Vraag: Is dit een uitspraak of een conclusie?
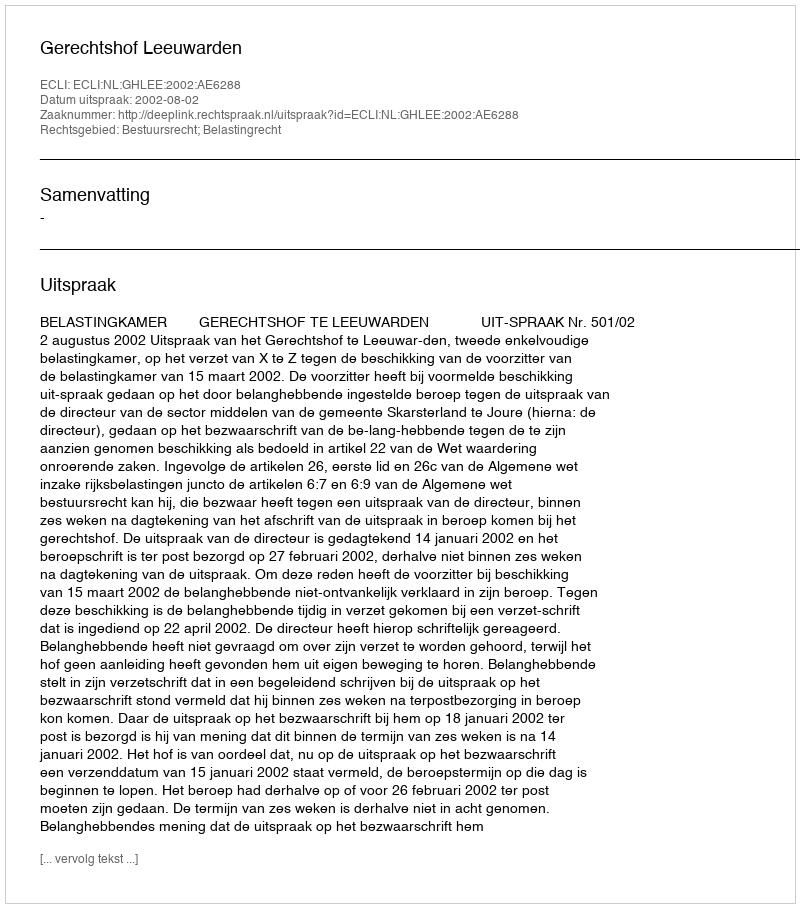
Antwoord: Uitspraak